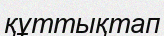
құттықтап